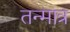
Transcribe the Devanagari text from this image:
तन्मात्र